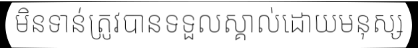
មិនទាន់ត្រូវបានទទួលស្គាល់ដោយមនុស្ស